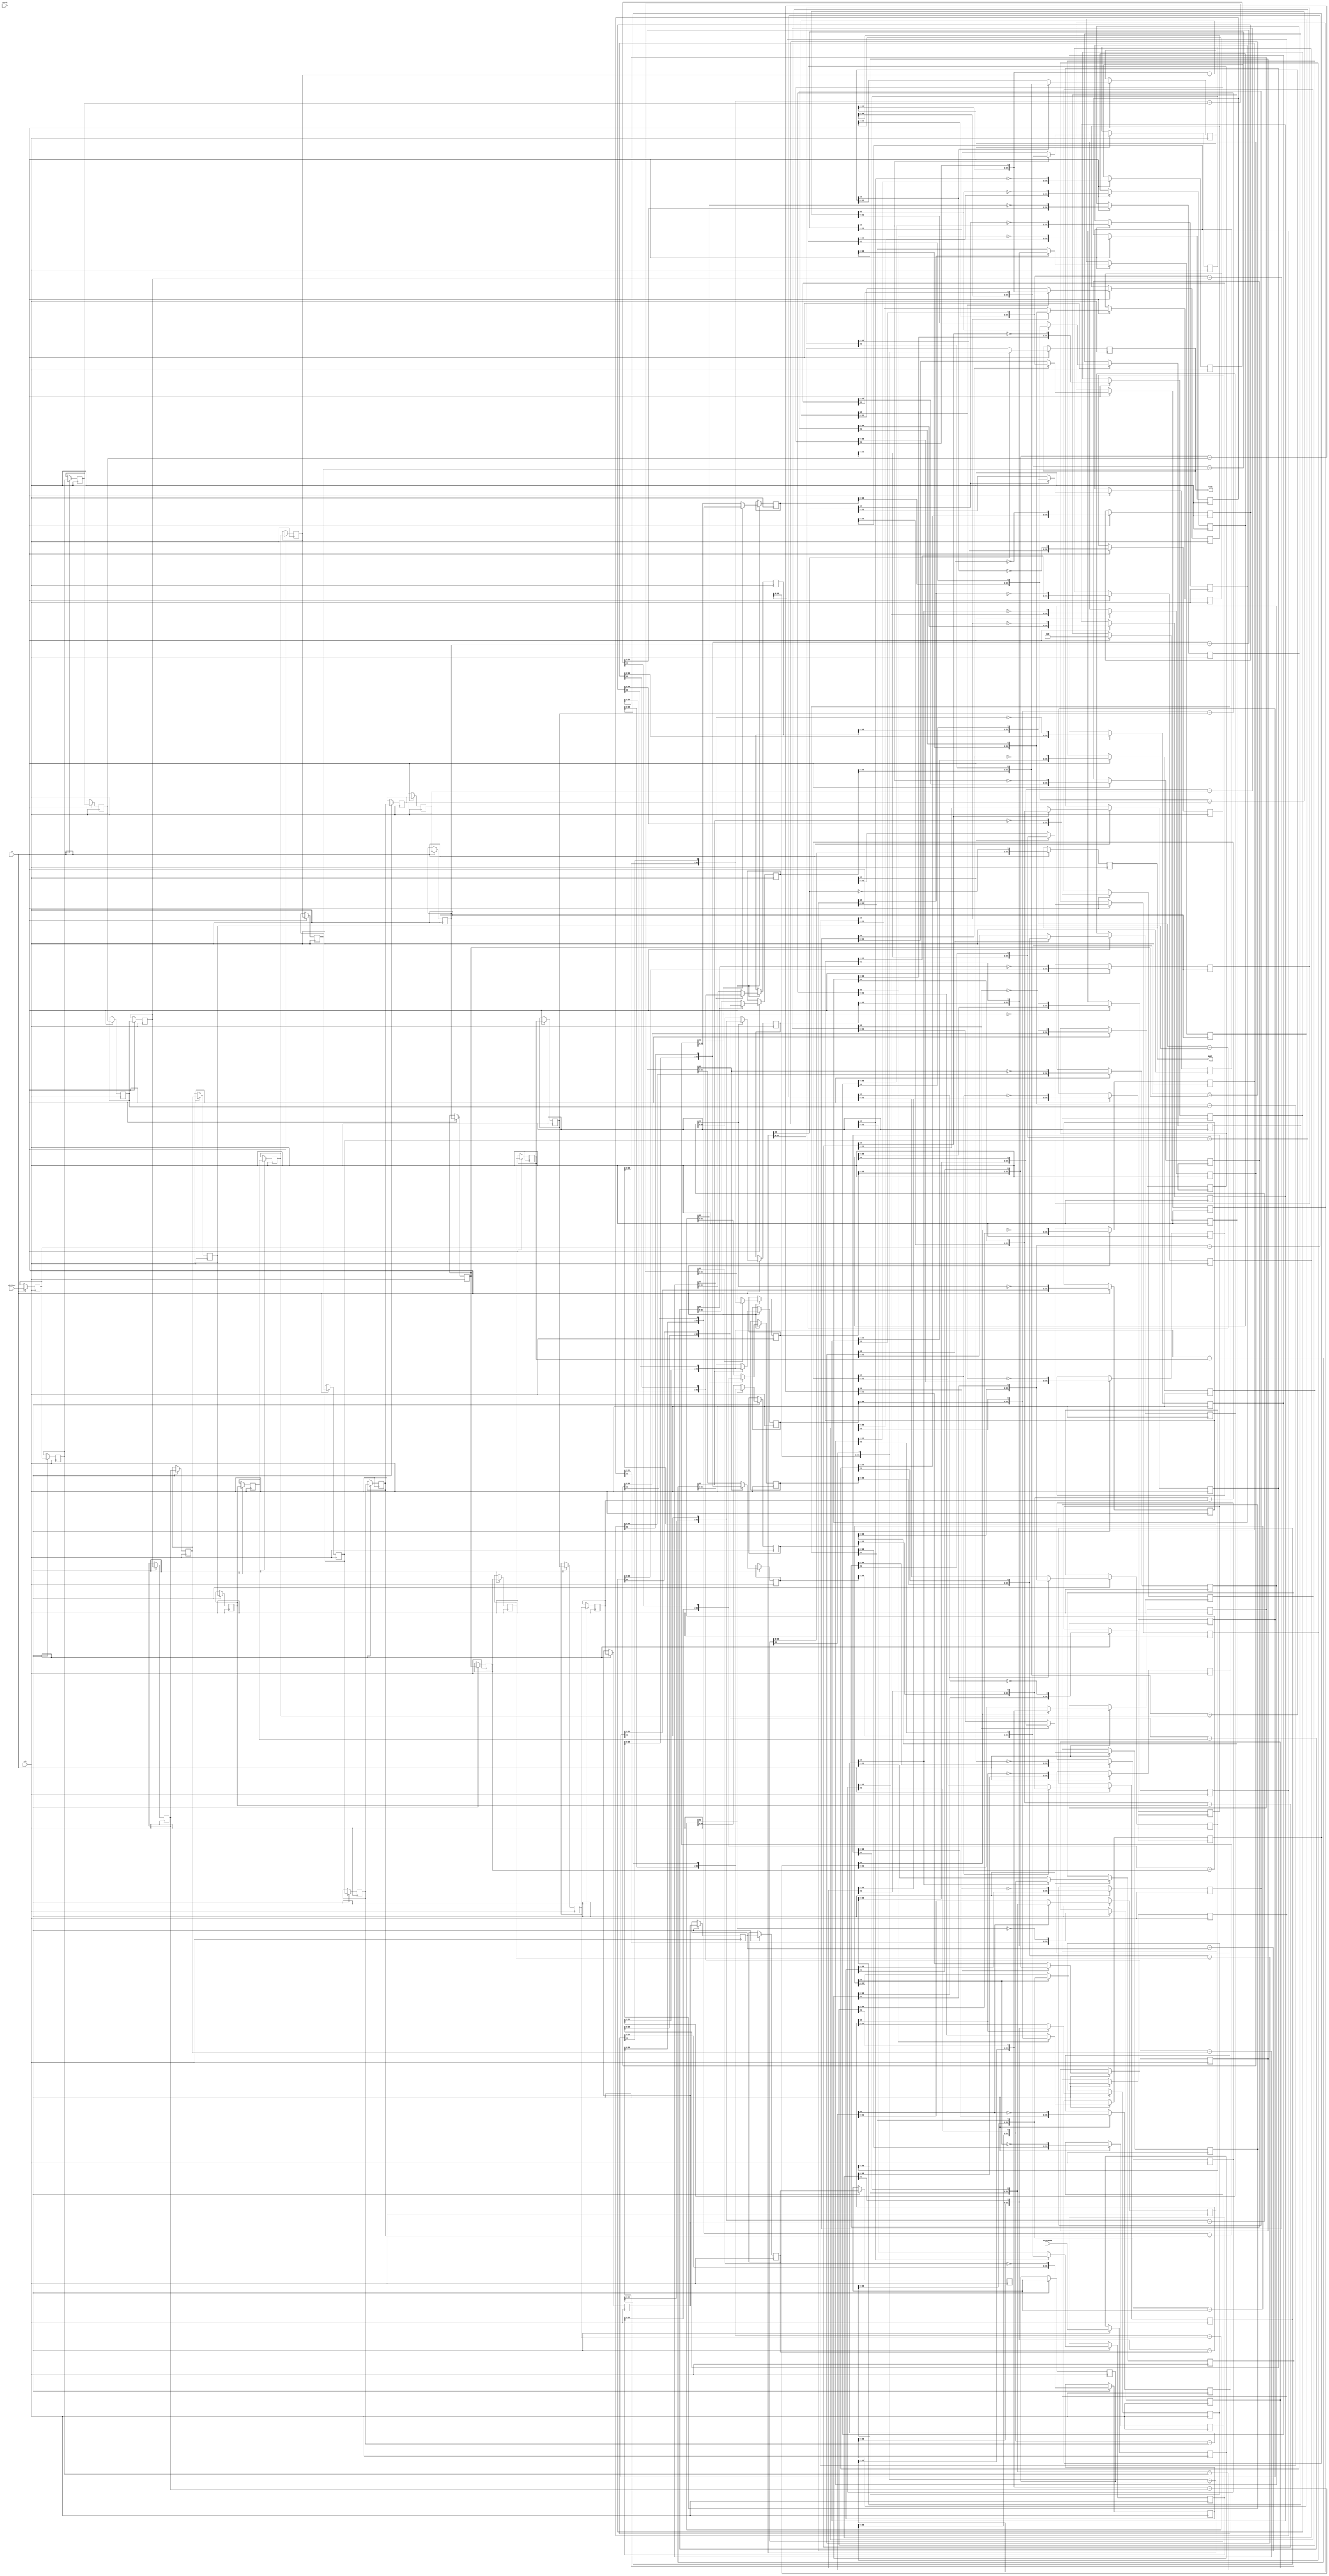
// ==============================================================
// Vivado(TM) HLS - High-Level Synthesis from C, C++ and SystemC v2019.2 (64-bit)
// Copyright 1986-2019 Xilinx, Inc. All Rights Reserved.
// ==============================================================
`timescale 1 ns / 1 ps

module kws_urem_9ns_6ns_xdS_div_u
#(parameter
    in0_WIDTH = 32,
    in1_WIDTH = 32,
    out_WIDTH = 32
)
(
    input                       clk,
    input                       reset,
    input                       ce,
    input       [in0_WIDTH-1:0] dividend,
    input       [in1_WIDTH-1:0] divisor,
    output wire [out_WIDTH-1:0] quot,
    output wire [out_WIDTH-1:0] remd
);

localparam cal_WIDTH = (in0_WIDTH > in1_WIDTH)? in0_WIDTH : in1_WIDTH;

//------------------------Local signal-------------------
reg  [in0_WIDTH-1:0] dividend_tmp[0:in0_WIDTH];
reg  [in1_WIDTH-1:0] divisor_tmp[0:in0_WIDTH];
reg  [in0_WIDTH-1:0] remd_tmp[0:in0_WIDTH];
wire [in0_WIDTH-1:0] comb_tmp[0:in0_WIDTH-1];
wire [cal_WIDTH:0]   cal_tmp[0:in0_WIDTH-1];
//------------------------Body---------------------------
assign  quot    = dividend_tmp[in0_WIDTH];
assign  remd    = remd_tmp[in0_WIDTH];

// dividend_tmp[0], divisor_tmp[0], remd_tmp[0]
always @(posedge clk)
begin
    if (ce) begin
        dividend_tmp[0] <= dividend;
        divisor_tmp[0]  <= divisor;
        remd_tmp[0]     <= 1'b0;
    end
end

genvar i;
generate 
    for (i = 0; i < in0_WIDTH; i = i + 1)
    begin : loop
        if (in0_WIDTH == 1) assign  comb_tmp[i]     = dividend_tmp[i][0];
        else                assign  comb_tmp[i]     = {remd_tmp[i][in0_WIDTH-2:0], dividend_tmp[i][in0_WIDTH-1]};
        assign  cal_tmp[i]      = {1'b0, comb_tmp[i]} - {1'b0, divisor_tmp[i]};

        always @(posedge clk)
        begin
            if (ce) begin
                if (in0_WIDTH == 1) dividend_tmp[i+1] <= ~cal_tmp[i][cal_WIDTH];
                else                dividend_tmp[i+1] <= {dividend_tmp[i][in0_WIDTH-2:0], ~cal_tmp[i][cal_WIDTH]};
                divisor_tmp[i+1]  <= divisor_tmp[i];
                remd_tmp[i+1]     <= cal_tmp[i][cal_WIDTH]? comb_tmp[i] : cal_tmp[i][in0_WIDTH-1:0];
            end
        end
    end
endgenerate

endmodule

module kws_urem_9ns_6ns_xdS_div
#(parameter
        in0_WIDTH   = 32,
        in1_WIDTH   = 32,
        out_WIDTH   = 32
)
(
        input                           clk,
        input                           reset,
        input                           ce,
        input           [in0_WIDTH-1:0] dividend,
        input           [in1_WIDTH-1:0] divisor,
        output  reg     [out_WIDTH-1:0] quot,
        output  reg     [out_WIDTH-1:0] remd
);
//------------------------Local signal-------------------
reg     [in0_WIDTH-1:0] dividend0;
reg     [in1_WIDTH-1:0] divisor0;
wire    [in0_WIDTH-1:0] dividend_u;
wire    [in1_WIDTH-1:0] divisor_u;
wire    [out_WIDTH-1:0] quot_u;
wire    [out_WIDTH-1:0] remd_u;
//------------------------Instantiation------------------
kws_urem_9ns_6ns_xdS_div_u #(
    .in0_WIDTH      ( in0_WIDTH ),
    .in1_WIDTH      ( in1_WIDTH ),
    .out_WIDTH      ( out_WIDTH )
) kws_urem_9ns_6ns_xdS_div_u_0 (
    .clk      ( clk ),
    .reset    ( reset ),
    .ce       ( ce ),
    .dividend ( dividend_u ),
    .divisor  ( divisor_u ),
    .quot     ( quot_u ),
    .remd     ( remd_u )
);
//------------------------Body---------------------------
assign dividend_u = dividend0;
assign divisor_u = divisor0;

always @(posedge clk)
begin
    if (ce) begin
        dividend0 <= dividend;
        divisor0  <= divisor;
    end
end

always @(posedge clk)
begin
    if (ce) begin
        quot <= quot_u;
        remd <= remd_u;
    end
end

endmodule


`timescale 1 ns / 1 ps
module kws_urem_9ns_6ns_xdS(
    clk,
    reset,
    ce,
    din0,
    din1,
    dout);

parameter ID = 32'd1;
parameter NUM_STAGE = 32'd1;
parameter din0_WIDTH = 32'd1;
parameter din1_WIDTH = 32'd1;
parameter dout_WIDTH = 32'd1;
input clk;
input reset;
input ce;
input[din0_WIDTH - 1:0] din0;
input[din1_WIDTH - 1:0] din1;
output[dout_WIDTH - 1:0] dout;

wire[dout_WIDTH - 1:0] sig_quot;


kws_urem_9ns_6ns_xdS_div #(
.in0_WIDTH( din0_WIDTH ),
.in1_WIDTH( din1_WIDTH ),
.out_WIDTH( dout_WIDTH ))
kws_urem_9ns_6ns_xdS_div_U(
    .dividend( din0 ),
    .divisor( din1 ),
    .remd( dout ),
    .quot( sig_quot ),
    .clk( clk ),
    .ce( ce ),
    .reset( reset ));

endmodule